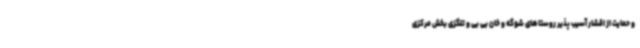
و حمایت از اقشار آسیب پذیر روستاهای شوگه و خان بی بی و تلگزی بخش مرکزی